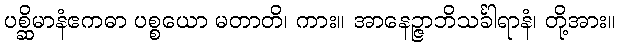
ပစ္ဆိမာနံဧကဓာ ပစ္စယော မတာတိ၊ ကား။ အာနေဉ္ဇာဘိသင်္ခါရာနံ၊ တို့အား။